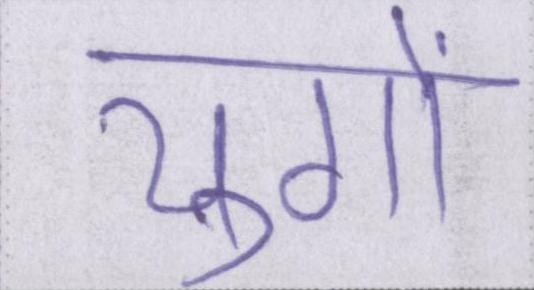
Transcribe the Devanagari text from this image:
युगों